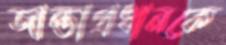
জান্তাপ্রধানকে